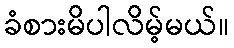
ခံစားမိပါလိမ့်မယ်။